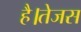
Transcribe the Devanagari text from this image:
है।तेजस